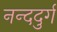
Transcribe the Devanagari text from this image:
नन्ददुर्ग